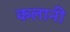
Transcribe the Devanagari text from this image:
कलानी